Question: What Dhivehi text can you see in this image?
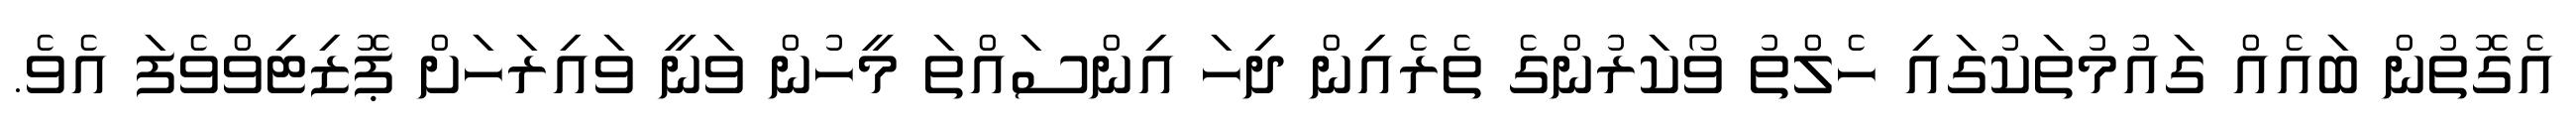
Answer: އެގޮތުން ބައެއް ގައުމުތަކުގައި ހެލްތު ވޯކަރުންގެ ތެރެއިން ދިހަ އިންސައްތަ މީހުން ވަނީ ވައިރަހަށް ޕޮޒިޓިވްވެފަ އެވެ.